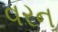
વરન